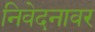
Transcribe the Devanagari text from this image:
निवेदनावर